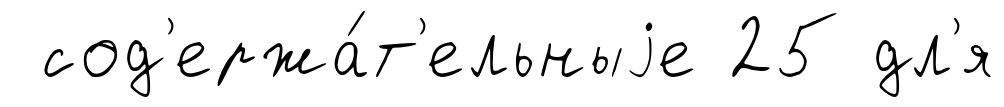
сод'ержа́т'ельныjе 25 дл'я